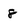
Character: 8